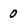
Character: 0